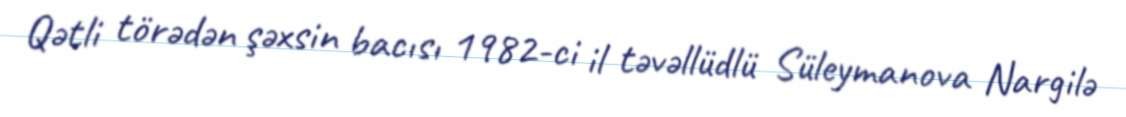
Qətli törədən şəxsin bacısı 1982-ci il təvəllüdlü Süleymanova Nargilə